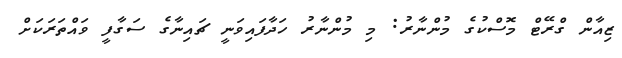
ޒިއާން ގްރޭޓް މޮސްކުގެ މުންނާރު: މި މުންނާރު ހަދާފައިވަނީ ޗައިނާގެ ސަގާފީ ވައްތަރަކަށް